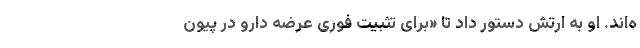
ه‌اند. او به ارتش دستور داد تا «برای تثبیت فوری عرضه دارو در پیون